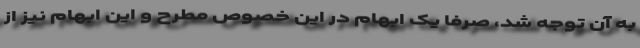
به آن توجه شد، صرفاً یک ابهام در این خصوص مطرح و این ابهام نیز از